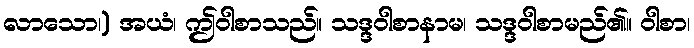
လာသော၊) အယံ၊ ဤဝါစာသည်။ သဒ္ဒဝါစာနာမ၊ သဒ္ဒဝါစာမည်၏။ ဝါစာ၊